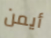
أيمن